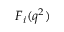
F _ { i } ( q ^ { 2 } )